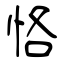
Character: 恪